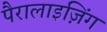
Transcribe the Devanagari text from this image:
पैरालाइज़िंग